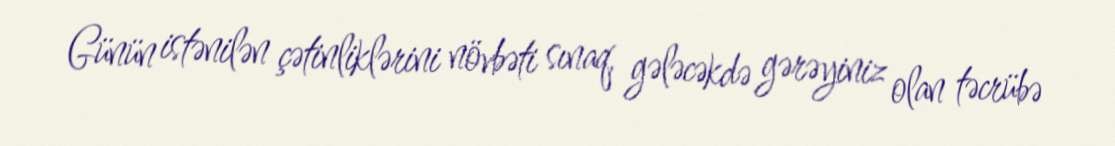
Günün istənilən çətinliklərini növbəti sınaq, gələcəkdə gərəyiniz olan təcrübə